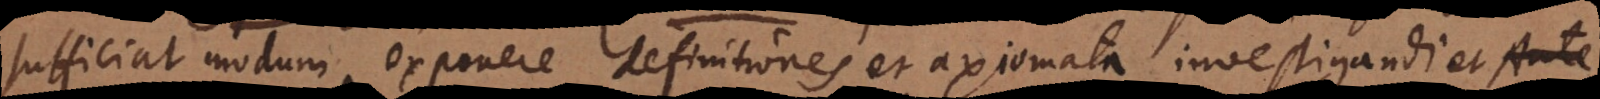
sufficiat modum exponere definitiones et axiomata investigandi. Ante